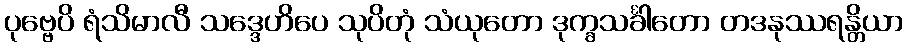
ပုဗ္ဗေပိ ရံသိမာလီ သဒ္ဒေဟိပေ သုပိတုံ သံယုတော ဒုက္ခသင်္ခါတော တဒနုဿရန္တိယာ